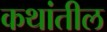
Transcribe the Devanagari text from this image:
कथांतील